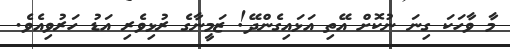
މާ ވާހަކަ ގިނަ ނުކޮށް އޭތި އަޅައިގެންދޭ! ޒަމީނާގެ ރުޅިވެރި އަޑު ހަރުވިއެވެ.